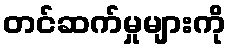
တင်ဆက်မှုများကို